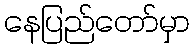
နေပြည်တော်မှာ